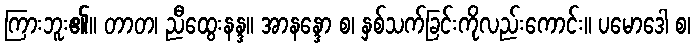
ကြားဘူး၏။ တာတ၊ ညီထွေးနန္ဒ။ အာနန္ဒော စ၊ နှစ်သက်ခြင်းကိုလည်းကောင်း။ ပမောဒေါ စ၊